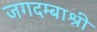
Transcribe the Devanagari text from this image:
जगदम्बाश्री